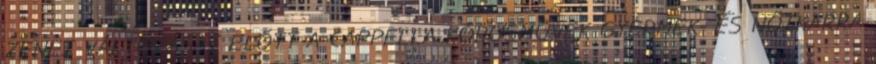
ZENEI VÁLTOZÁSAI ELŐTT A CAPPELLA KÓRUSMŰVEK GYERMEK- ÉS NŐIKARRA